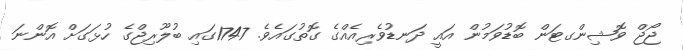
ޖޯޖް ވޮޝިންގޓަން ބޮޑުވަމުން އައީ ދަނޑުވެރިއެއްގެ ގޮތުގައެވެ. 1747ގައި ބުލޫރިޖްގެ ހުޅަގަށް އޮންނަ